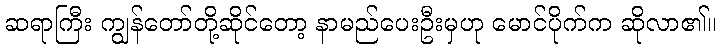
ဆရာကြီး ကျွန်တော်တို့ဆိုင်တော့ နာမည်ပေးဦးမှဟု မောင်ပိုက်က ဆိုလာ၏။